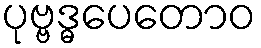
ပုဗ္ဗဒ္ဓပေတောဝ